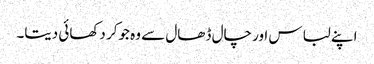
اپنے لباس اور چال ڈھال سے وہ جوکر دکھائی دیتا۔